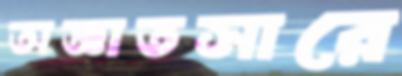
অজ্ঞাতসারে